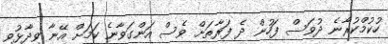
ހުކުމްކުރާނެ ދުވަސް ފަހުން ދެ ފަރާތަށް ވެސް އަންގަވާނެ ކަމަށް އޭނާ ވިދާޅުވި